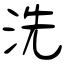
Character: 洗